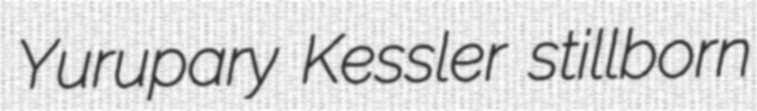
Yurupary Kessler stillborn